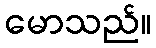
မောသည်။